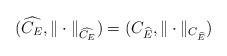
LaTeX: \begin{align*}(\widehat{C_E}, \|\cdot\|_{\widehat{C_E}})=(C_{\widehat{E}}, \|\cdot\|_{C_{\widehat{E}}})\end{align*}